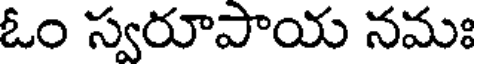
ఓం స్వరూపాయ నమః